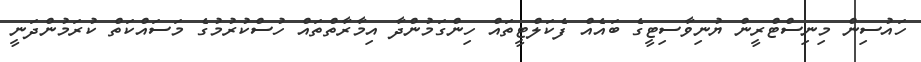
ހައުސިން މިނިސްޓްރީން ޔުނިވާސިޓީގެ ބައެއް ފެކަލްޓީތައް ހިންގަމުންދާ އިމާރާތްތައް ހުސްކުރުމުގެ މަސައްކަތް ކުރަމުންދަނީ